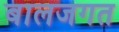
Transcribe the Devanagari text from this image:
बालजगत